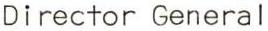
Director General